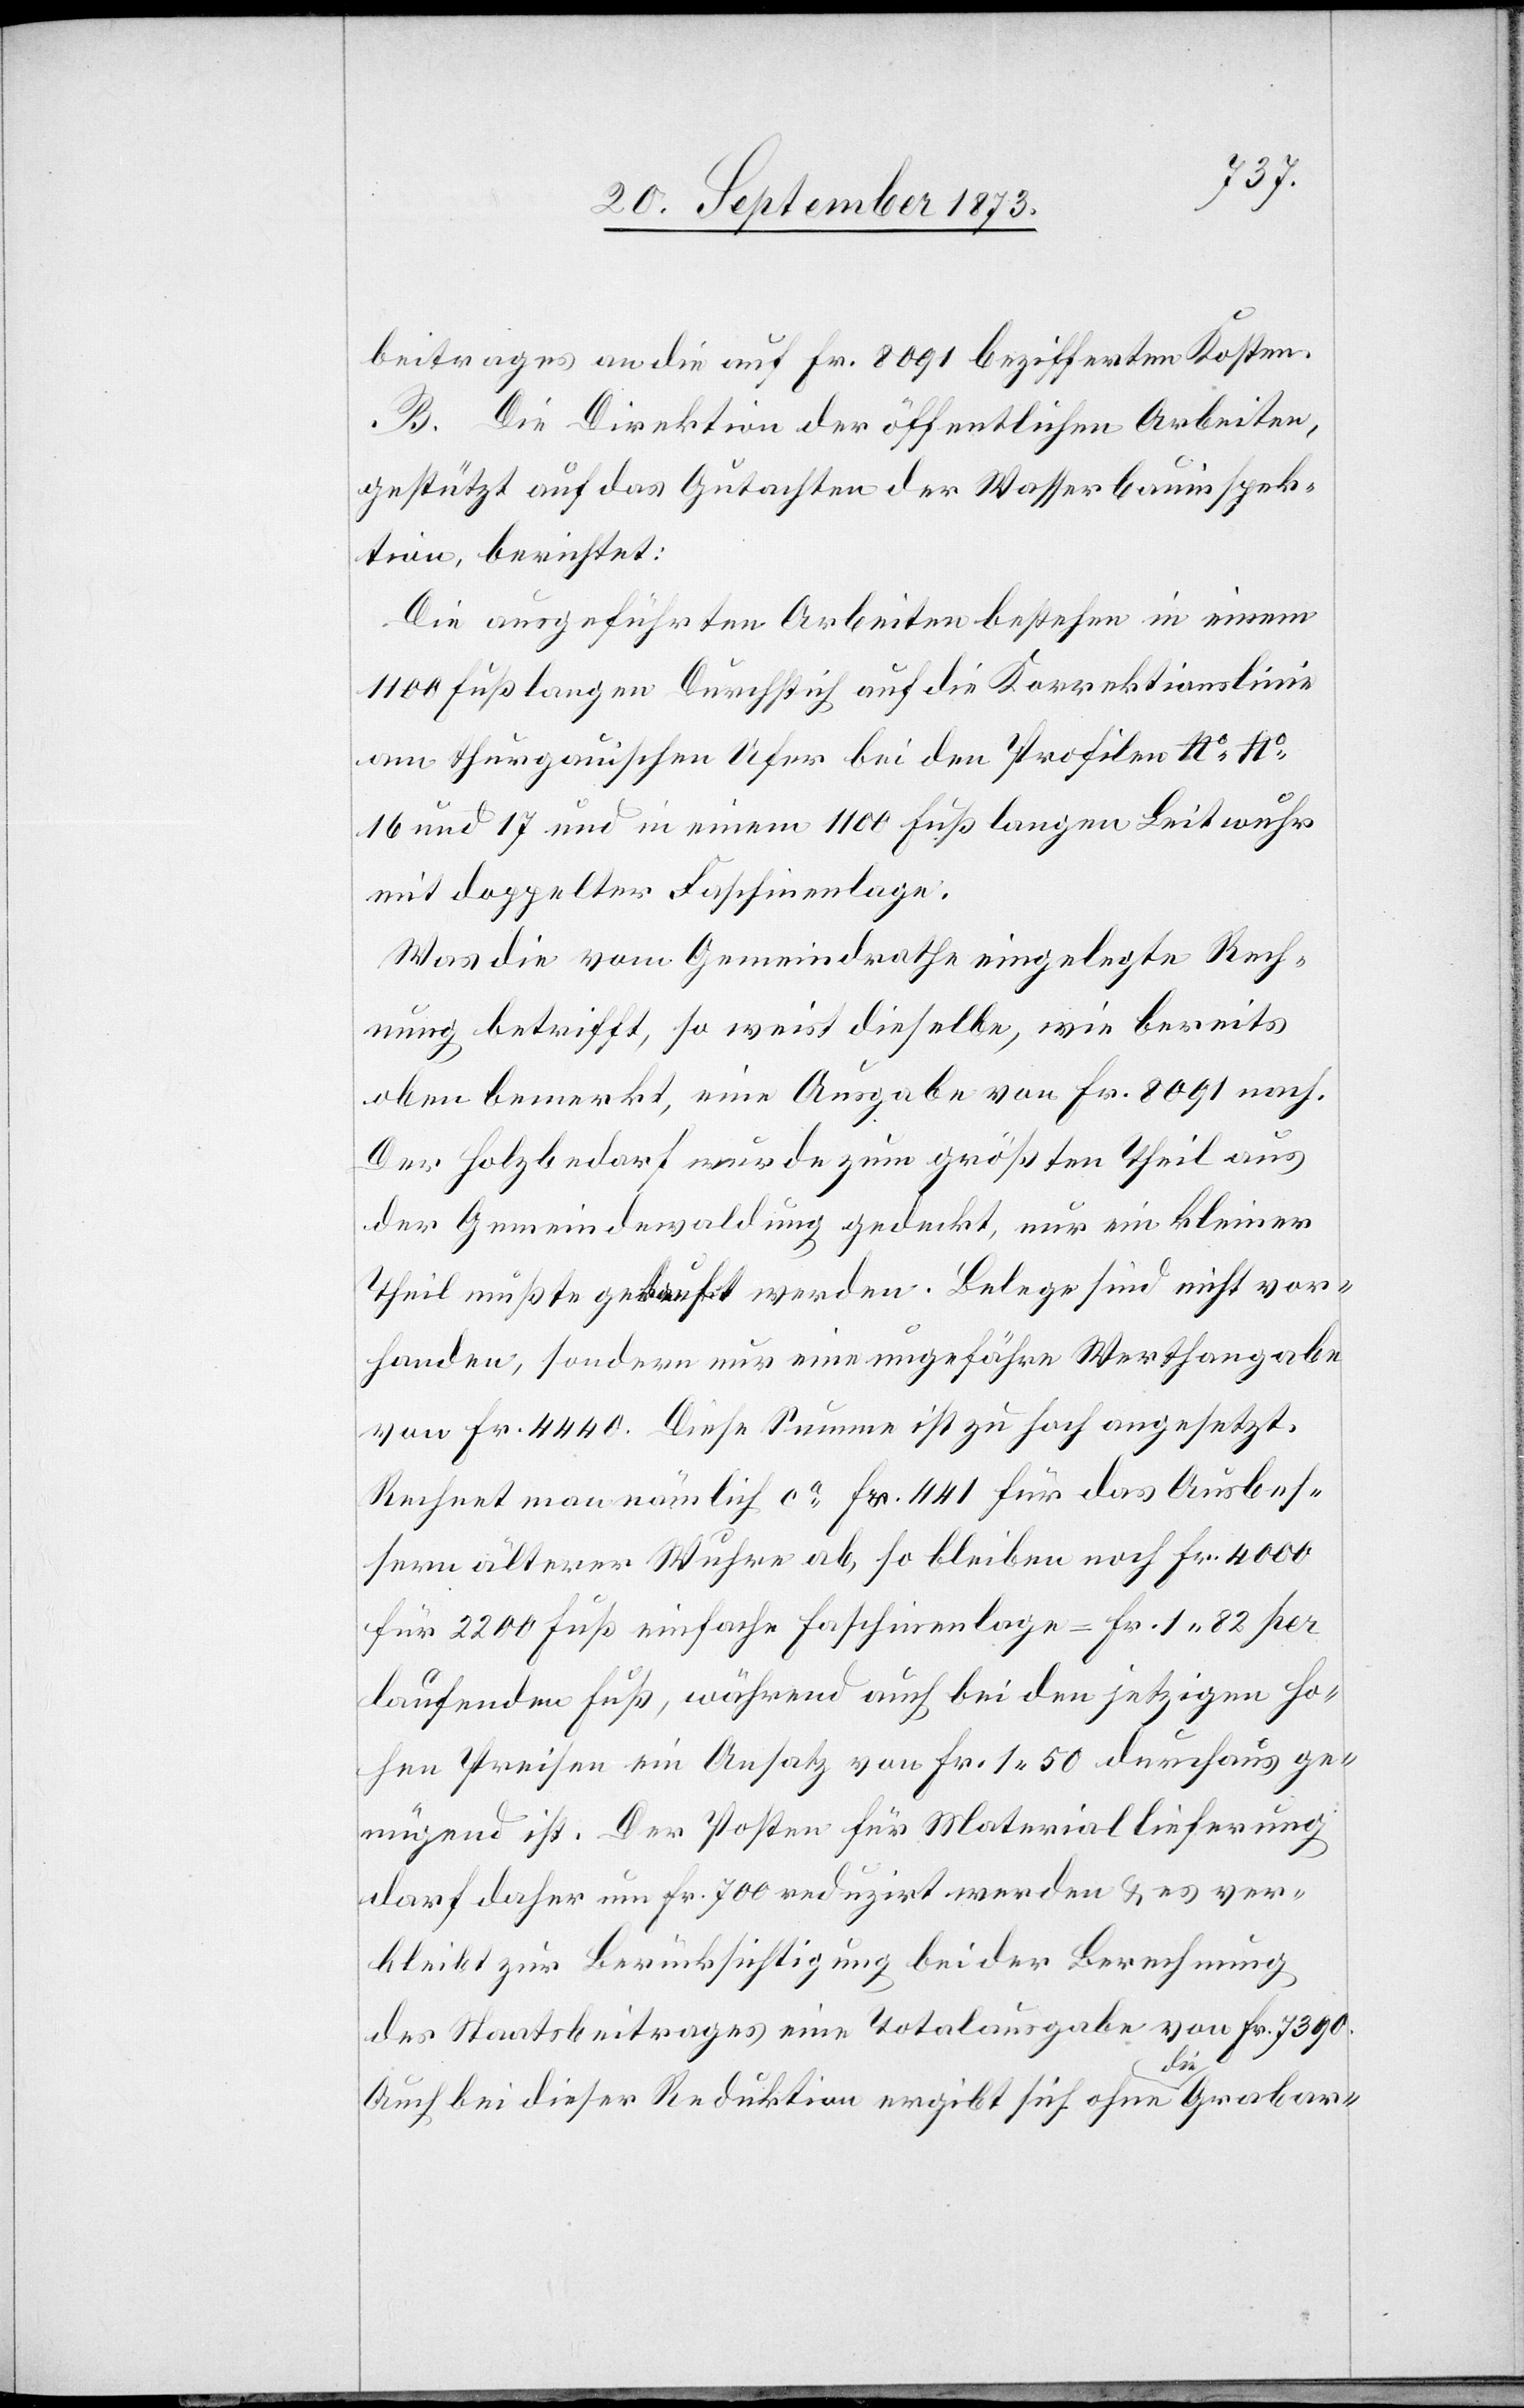
beitrages an die auf Fr. 8 091 bezifferten Kosten.
B. Die Direktion der öffentlichen Arbeiten,
gestützt auf das Gutachten der Wasserbauinspek¬
tion, berichtet:
Die ausgeführten Arbeiten bestehen in einem
100 Fuß langen Durchstich auf die Korrektionslinie
am thurgauischen Ufer bei den Profilen No No
16 und 17 und in einem 1 100 Fuß langen Leitwuhr
mit doppelter Faschinenlage.
Was die vom Gemeindrathe eingelegte Rech¬
nung betrifft, so weist dieselbe, wie bereits
oben bemerkt, eine Ausgabe von Fr. 8 091 nach.
Der Holzbedarf wurde zum größten Theil aus
der Gemeindewaldung gedeckt, nur ein kleiner
Theil mußte gekauft werden. Belege sind nicht vor¬
handen, sondern nur eine ungefähre Werthangabe
von Fr. 4 440. Diese Summe ist zu hoch angesetzt.
Rechnet man nämlich ca Fr. 441 für das Ausbes¬
sern älterer Wuhre ab, so bleiben noch Fr. 4 000
für 2 200 Fuß einfache Faschinenlage = Fr. 1 82 per
laufenden Fuß, während auch bei den jetzigen ho¬
hen Preisen ein Ansatz von Fr. 1 50 durchaus ge¬
nügend ist. Der Posten für Materiallieferung
darf daher um Fr. 700 reduzirt werden & es ver¬
bleibt zur Berücksichtigung bei der Berechnung
des Staatsbeitrages eine Totalausgabe von Fr. 7 390.
Auch bei dieser Reduktion ergibt sich ohne die Grabar-